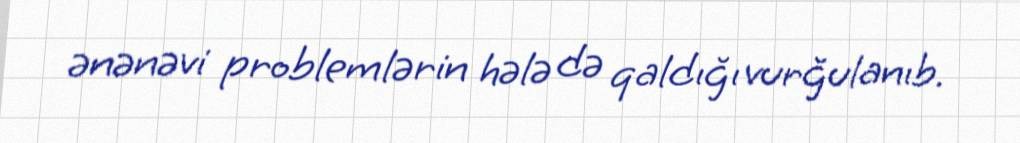
ənənəvi problemlərin hələ də qaldığı vurğulanıb.